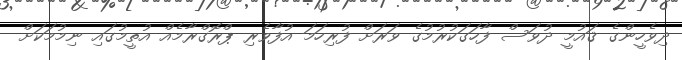
ދިވެހީންގެ ޤައުމީ ދުވަސް ފާހަގަކުރުމުގެ ވަރަށް ފުރިހަމަ އުފާވެރި ޕްރޮގްރާމެއް އުތީމުގައި ނިމުމަކަށް